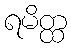
ရမိတ္ထ